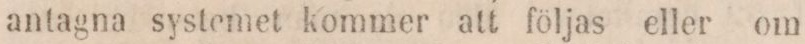
antagna systemet kommer att följas eller om